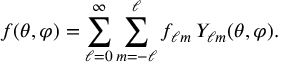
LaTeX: f ( \theta , \varphi ) = \sum _ { \ell = 0 } ^ { \infty } \sum _ { m = - \ell } ^ { \ell } f _ { \ell m } \, Y _ { \ell m } ( \theta , \varphi ) .